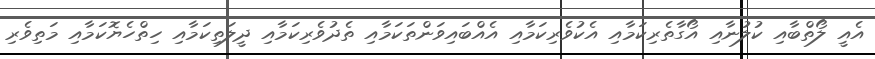
އެއީ ލޯތްބާއި ކުލުނާއި އޯގާތެރިކަމާއި އެކުވެރިކަމާއި އެއްބައިވަންތަކަމާއި ތެދުވެރިކަމާއި ދީލަތިކަމާއި ހިތްހެޔޮކަމާއި މަތިވެރި